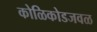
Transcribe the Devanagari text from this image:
कोळिकोडजवळ